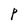
Character: P